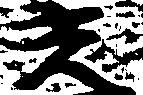
光